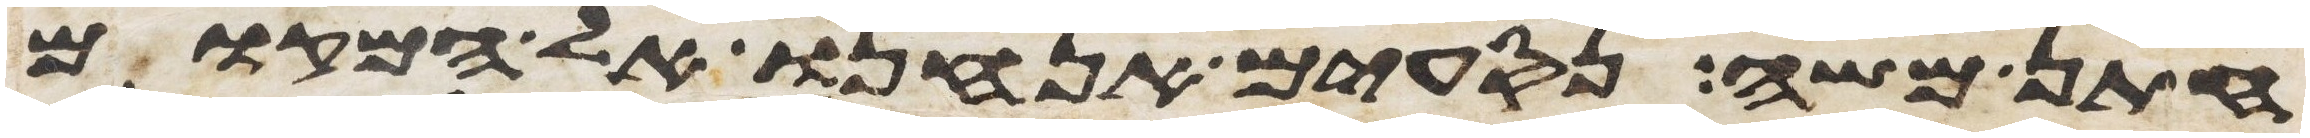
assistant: חתן משה נסעים אנחנו אל המקום